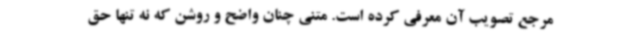
مرجع تصویب آن معرفی کرده است. متنی چنان واضح و روشن که نه تنها حق